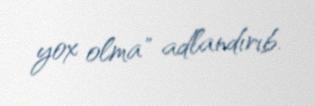
yox olma" adlandırıb.